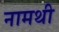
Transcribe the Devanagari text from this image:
नामथी